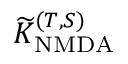
\widetilde { K } _ { \mathrm { N M D A } } ^ { ( T , S ) }